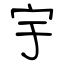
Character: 宇